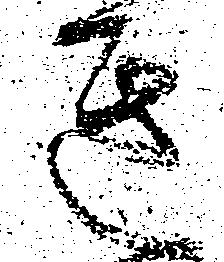
き